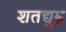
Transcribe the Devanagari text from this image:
शतद्युम्न